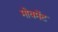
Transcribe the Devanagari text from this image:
मोवमेंट